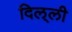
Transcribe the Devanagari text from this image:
दिल्‌ली